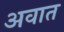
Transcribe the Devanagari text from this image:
अवात